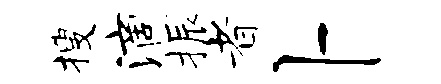
搜滴振者卜